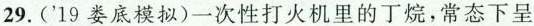
29.('19娄底模拟)一次性打火机里的丁烷，常态下呈